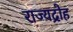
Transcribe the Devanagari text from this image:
राज्यद्रोह